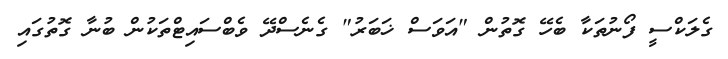
ގެލަކްސީ ފޯނުތަކާ ބެހޭ ގޮތުން "އަވަސް ޚަބަރު" ގެނެސްދޭ ވެބްސައިޓްތަކުން ބުނާ ގޮތުގައި